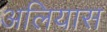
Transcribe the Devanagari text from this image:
अलियास